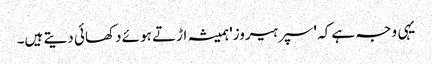
یہی وجہ ہے کہ 'سپر ہیروز' ہمیشہ اڑتے ہوئے دکھائی دیتے ہیں۔